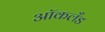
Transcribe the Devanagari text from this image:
आॅकलँड